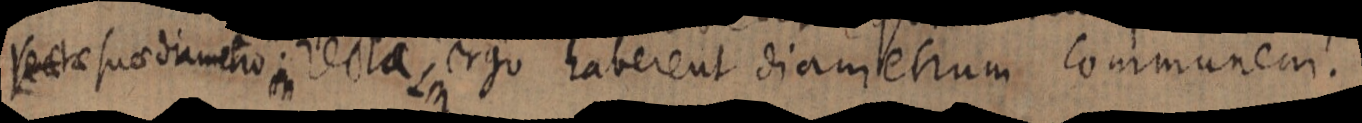
rectae suo diametro recta, ergo haberent diametrum communem.